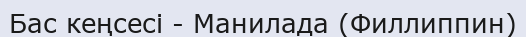
Бас кеңсесі - Манилада (Филлиппин)